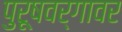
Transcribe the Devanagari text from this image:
पुरूषवर्गावर